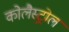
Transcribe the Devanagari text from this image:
कोलैस्ट्रोल